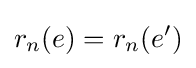
r_{n}(e)=r_{n}(e')